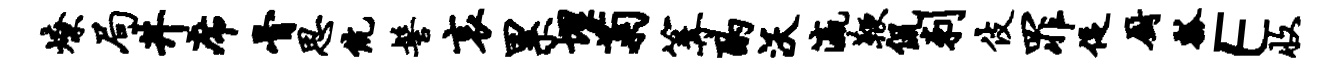
燎局井席骨思伉髻哀累埋菊篝酌沃瀛鞭侃刺伎罪促厨瓢E收